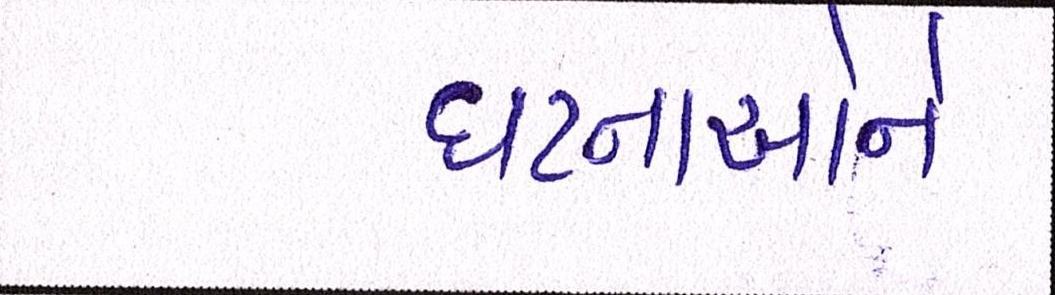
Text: ઘટનાઓને